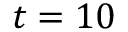
t = 1 0